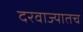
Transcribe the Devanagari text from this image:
दरवाज्यातच